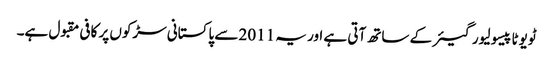
ٹویوٹا پیسو لیور گیئر کے ساتھ آتی ہے اور یہ 2011 سے پاکستانی سڑکوں پر کافی مقبول ہے۔